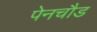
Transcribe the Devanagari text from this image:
पेनचौड